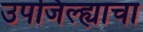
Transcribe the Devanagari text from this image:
उपजिल्ह्याचा